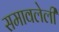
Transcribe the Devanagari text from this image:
समावलेली